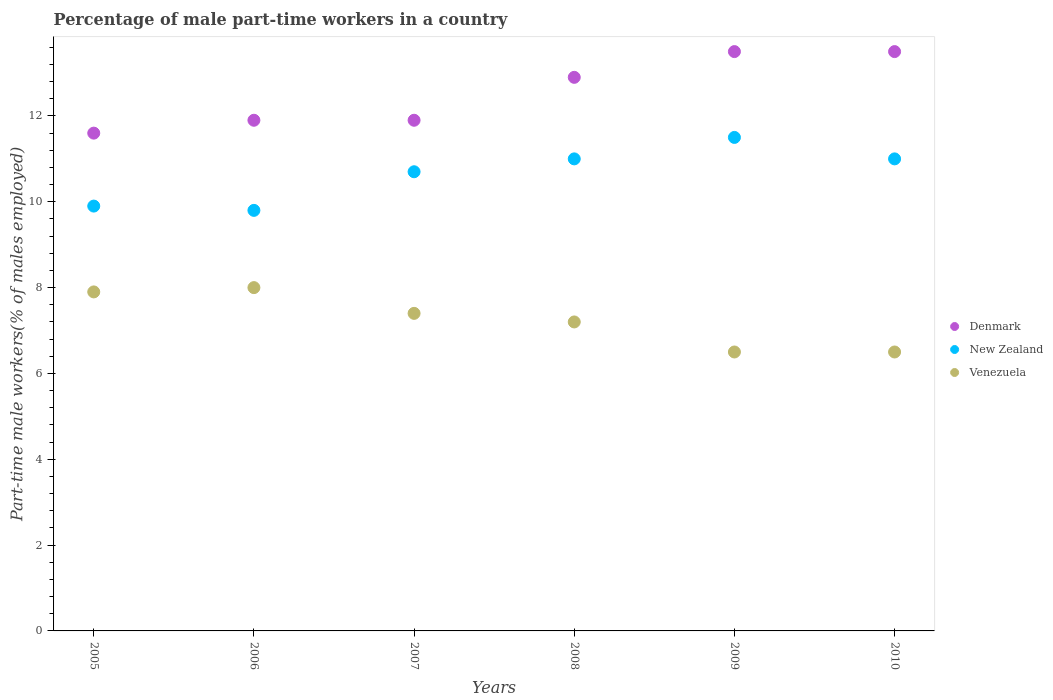
| Years | Denmark | New Zealand | Venezuela |
 | --- | --- | --- | --- |
 | 2005 | 11.6 | 9.9 | 7.9 |
 | 2006 | 11.9 | 9.8 | 8 |
 | 2007 | 11.9 | 10.7 | 7.4 |
 | 2008 | 12.9 | 11 | 7.2 |
 | 2009 | 13.5 | 11.5 | 6.5 |
 | 2010 | 13.5 | 11 | 6.5 |